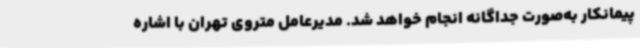
پیمانکار به‌صورت جداگانه انجام خواهد شد. مدیرعامل متروی تهران با اشاره